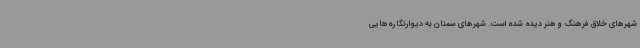
شهرهای خلاق فرهنگ و هنر دیده شده است. شهرهای سمنان به دیوارنگاره‌هایی